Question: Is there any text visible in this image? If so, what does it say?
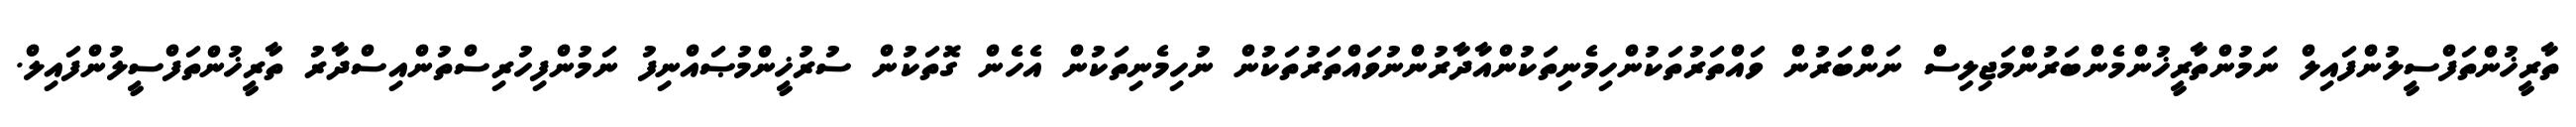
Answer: ތާރީޚުންތަފްސީލުންފައިލް ނަމުންތާރީޚުންމެންބަރުންމަޖިލިސް ނަންބަރުން ވައްތަރުތަކުންހިމެނިތަކުންއާދާރުންނުވައްތަރުތަކުން ނުހިމެނިތަކުން އެހެން ގޮތަކުން ސުރުޚީންމުޞައްނިފު ނަމުންފިހުރިސްތުންއިސްދާރު ތާރީޚުންތަފްސީލުންފައިލް.